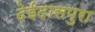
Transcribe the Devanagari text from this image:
देईदासपुरा